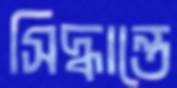
সিদ্ধান্তে